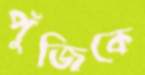
পুঁজিকে